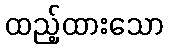
ထည့်ထားသော